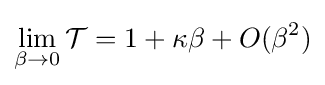
\lim _{\beta \to 0}{\mathcal {T}}=1+\kappa \beta +O(\beta ^{2})